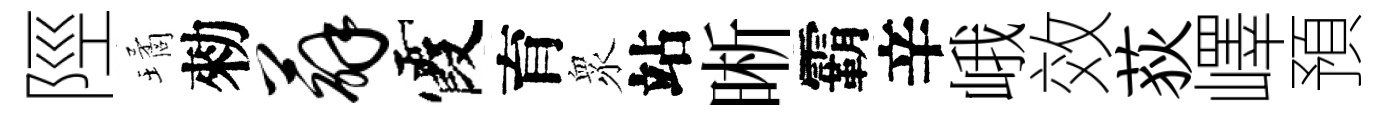
陘璚勑薜霞育衆站晰霸辛峨效荻嶧預